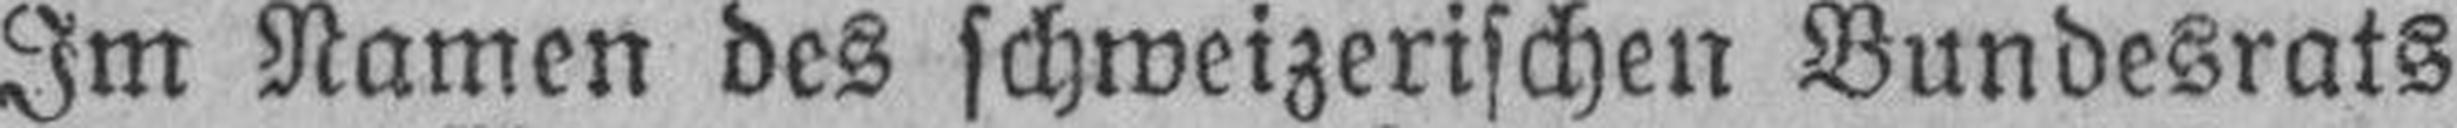
Im Namen des schweizerischen Bundesrats